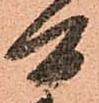
間